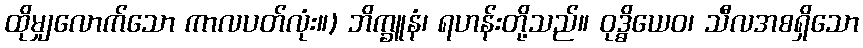
ထိုမျှလောက်သော ကာလပတ်လုံး။) ဘိက္ခူနံ၊ ရဟန်းတို့သည်။ ဝုဒ္ဓိယေဝ၊ သီလအစရှိသော